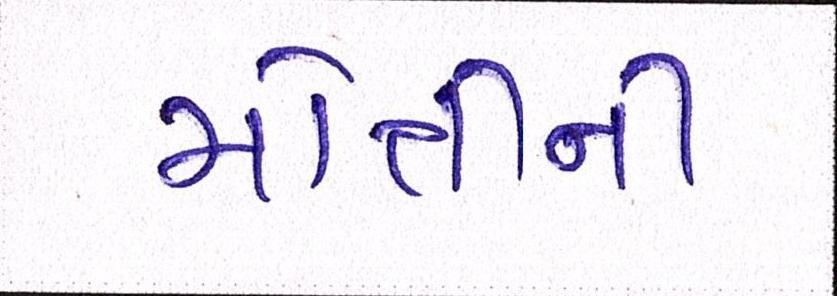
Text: મોતીની